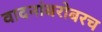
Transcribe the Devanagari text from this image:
वादनांबरोबरच